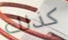
كذلك